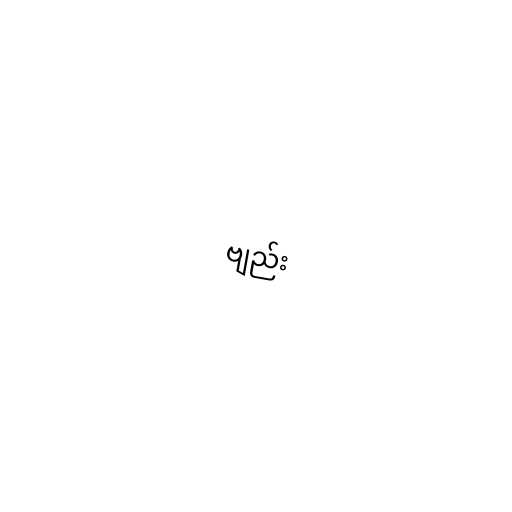
ဗျည်း